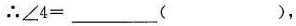
∴$$∠ 4 = ___ ( )$$，